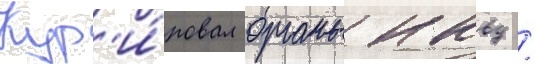
Кур'и́ровал органы нквд /